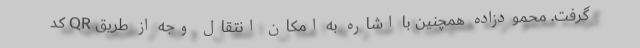
گرفت. محمودزاده همچنین با اشاره به امکان انتقال وجه از طریق QR کد